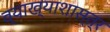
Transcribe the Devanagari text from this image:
व्याख्याशास्त्र